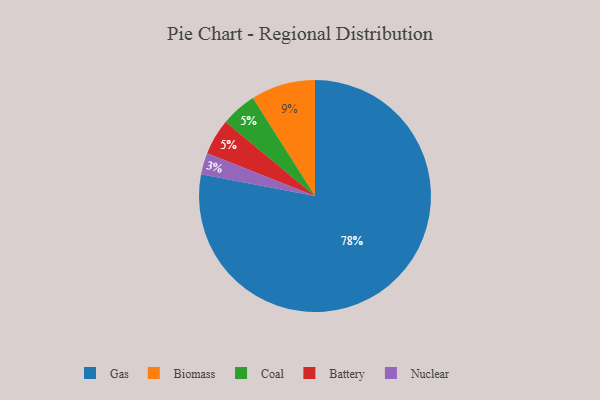
{"axis": {"x": "Category", "y": "Percentage"}, "legend": ["Battery", "Biomass", "Coal", "Gas", "Nuclear"], "data": [{"x": "Biomass", "y": 9, "type": "Biomass"}, {"x": "Nuclear", "y": 3, "type": "Nuclear"}, {"x": "Coal", "y": 5, "type": "Coal"}, {"x": "Battery", "y": 5, "type": "Battery"}, {"x": "Gas", "y": 78, "type": "Gas"}]}